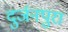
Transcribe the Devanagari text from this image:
दुर्जनपुरा